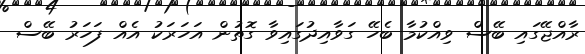
ރާއްޖޭގައި ބޭސް ވިއްކުމާ ބެހޭ ގަވާއިދުގައިވާ ގޮތުން އަހަރަކު އެއް ފަހަރު ބޭސް